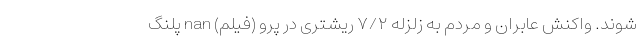
شوند. واکنش عابران و مردم به زلزله ٧/٢ ریشتری در پرو (فیلم) nan پلنگ